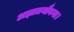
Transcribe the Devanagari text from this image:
अज्ञातयौवना।